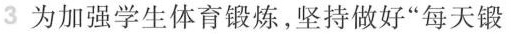
3 为加强学生体育锻炼，坚持做好”每天锻